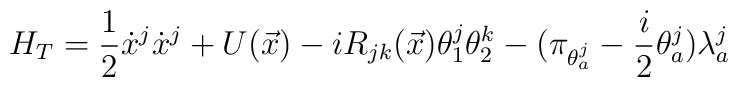
H_T=\displaystyle\frac{1}{2} \dot{x}^j \dot{x}^j +U(\vec{x})- iR_{jk}(\vec{x}) \theta^j_1\theta^k_2-(\pi_{\theta_a^j}-\displaystyle\frac{i}{2}\theta_a^j) \lambda_a^j